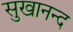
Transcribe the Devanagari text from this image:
सुखानन्द